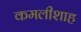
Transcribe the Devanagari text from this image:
कमलीशाह